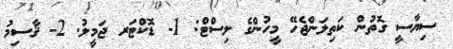
ސިޔާސީ ގޮތުން ކަތިލަންޖެހޭ މީހުންގެ ލިސްޓް: 1- ޑޮކްޓަރ ޖަމީލު. 2- ޤާސިމު